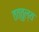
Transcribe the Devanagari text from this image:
तत्तुल्य